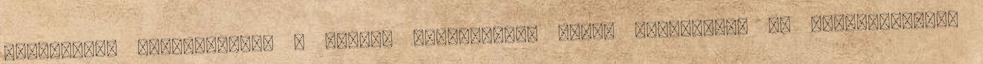
előzetesen megbeszéltük a kedves fivérünkkel Sanat Kumarával. És természetesen